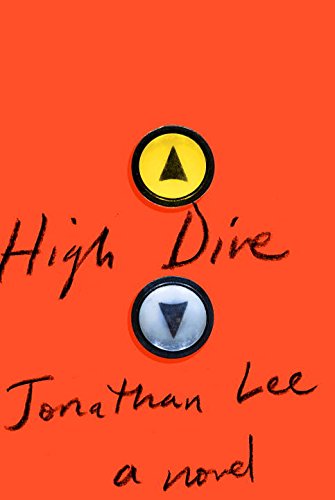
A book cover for High Dive: A novel; Jonathan Lee; Literature & Fiction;